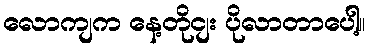
လောကျက နေ့တိုငျး ပိုလာတာပေါ့။